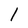
Character: 1